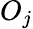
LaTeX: O_{j}